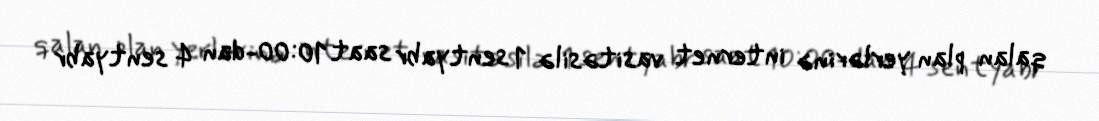
qalan plan yerlərinə internet vasitəsilə 1 sentyabr saat 10:00-dan 4 sentyabr